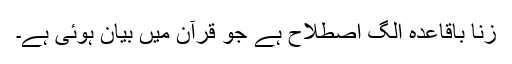
زنا باقاعدہ الگ اصطلاح ہے جو قرآن میں بیان ہوئی ہے۔